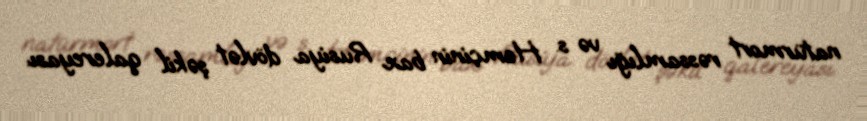
natürmort rəssamlığı və s. Həmçinin bax Rusiya dövlət şəkil qalereyası.